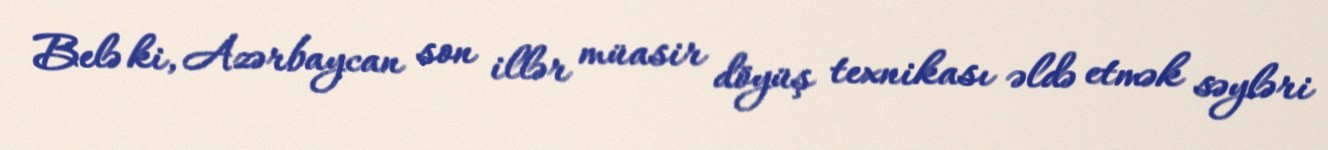
Belə ki, Azərbaycan son illər müasir döyüş texnikası əldə etmək səyləri